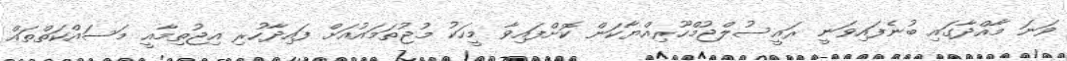
ވަނަ މާއްދާގައި ބުނެފައިވަނީ ރައީސުލްޖުމްހޫރިއްޔާކަން ކޮށްފައިވާ މީހަކު މުޖުތަަމައުއަށް ފައިދާހުރި އިޖުތިމާއީ މަސައްކަތްތައް